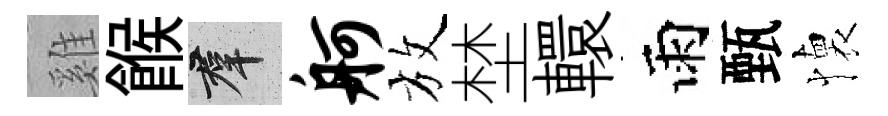
雞餱群舸放埜轘雨甄懐